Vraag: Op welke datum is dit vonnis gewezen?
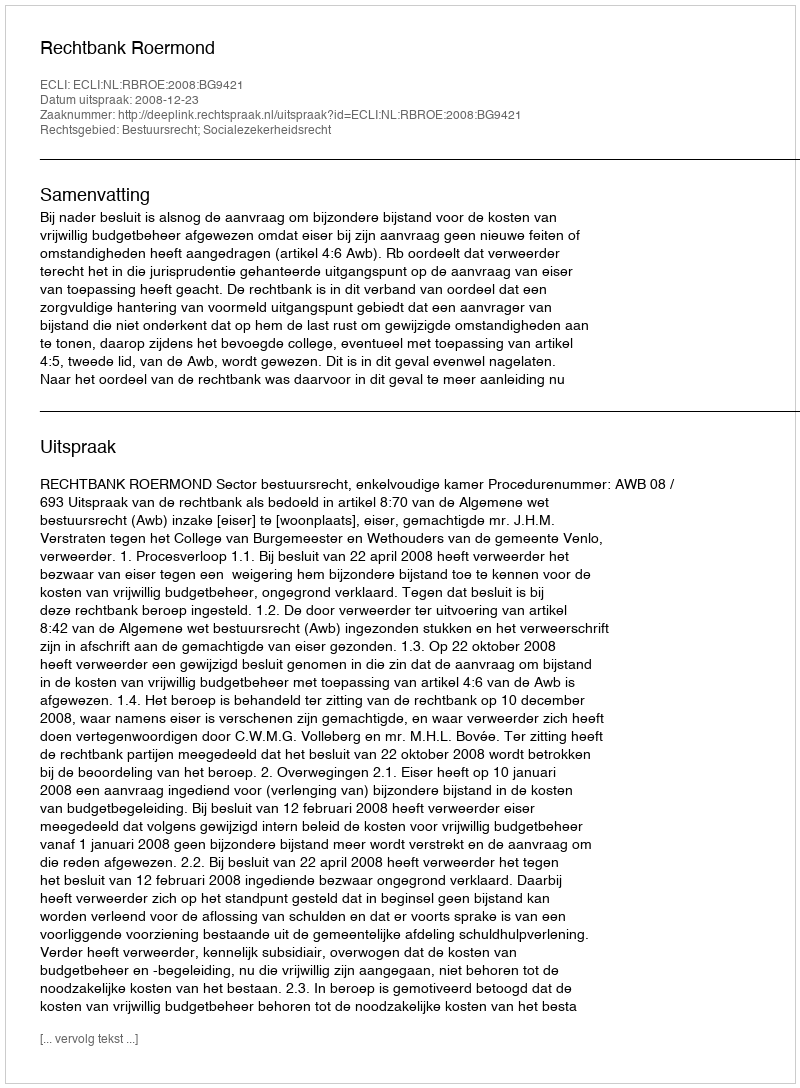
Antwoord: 2008-12-23